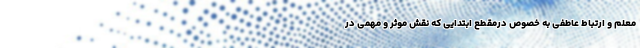
معلم و ارتباط عاطفی به خصوص درمقطع ابتدایی که نقش موثر و مهمی در